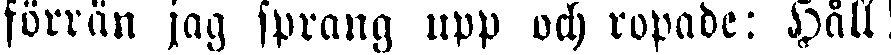
förrän jag sprang upp och ropade: Håll!